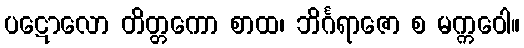
ပဋောလော တိတ္တကော စာထ၊ ဘိင်္ဂရာဇော စ မက္ကဝေါ။